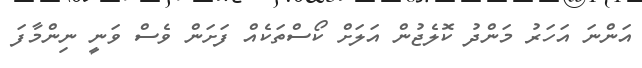
އަންނަ އަހަރު މަންދު ކޮލެޖުން އަލަށް ކޯސްތަކެއް ފަށަން ވެސް ވަނީ ނިންމާފަ